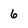
Character: 6